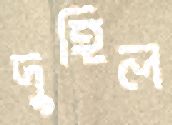
দুহিল